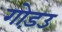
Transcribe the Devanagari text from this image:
गोड़उ